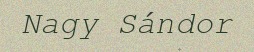
Nagy Sándor